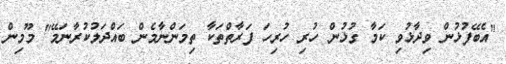
"އެބޭފުޅުން ވިދާޅުވި ކަމާ ގުޅުން ހުރި ހުރިހަ ފަރާތްތަކާ ތިމަންނާމެން ބައްދަލުކުރާނަމޭ" މޫމިން